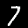
Label: 7